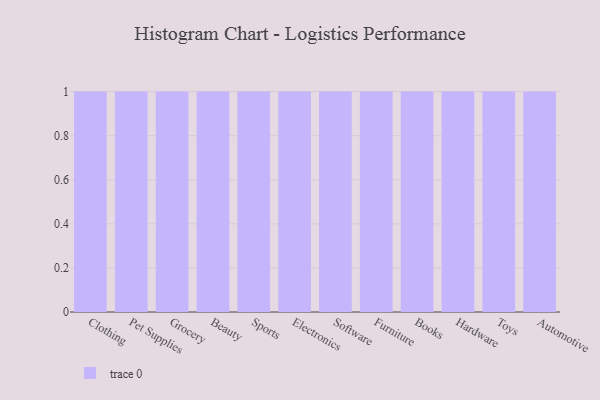
{"axis": {"x": "Category", "y": "Operating Costs (USD K)"}, "legend": [""], "data": [{"x": "Clothing", "y": 83, "type": ""}, {"x": "Pet Supplies", "y": 89, "type": ""}, {"x": "Grocery", "y": 77, "type": ""}, {"x": "Beauty", "y": 25, "type": ""}, {"x": "Sports", "y": 97, "type": ""}, {"x": "Electronics", "y": 41, "type": ""}, {"x": "Software", "y": 99, "type": ""}, {"x": "Furniture", "y": 88, "type": ""}, {"x": "Books", "y": 62, "type": ""}, {"x": "Hardware", "y": 70, "type": ""}, {"x": "Toys", "y": 80, "type": ""}, {"x": "Automotive", "y": 63, "type": ""}]}